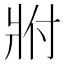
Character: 𬌀